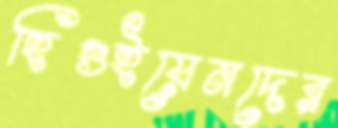
হিগুইয়েনদের